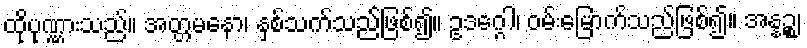
ထိုပုဏ္ဏားသည်။ အတ္တမနော၊ နှစ်သက်သည်ဖြစ်၍။ ဥဒဂ္ဂေါ၊ ဝမ်းမြောက်သည်ဖြစ်၍။ အန္နဉ္စ၊